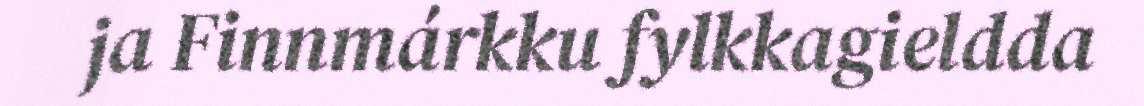
ja Finnmárkku fylkkagieldda